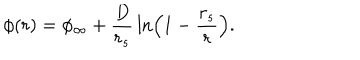
\phi ( r ) = \phi _ { \infty } + { \frac { D } { r _ { s } } } \ln \left( 1 - { \frac { r _ { s } } { r } } \right) .